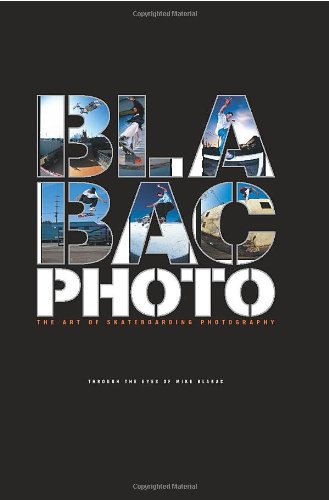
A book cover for Blabac Photo: The Art of Skateboarding Photography; Arts & Photography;